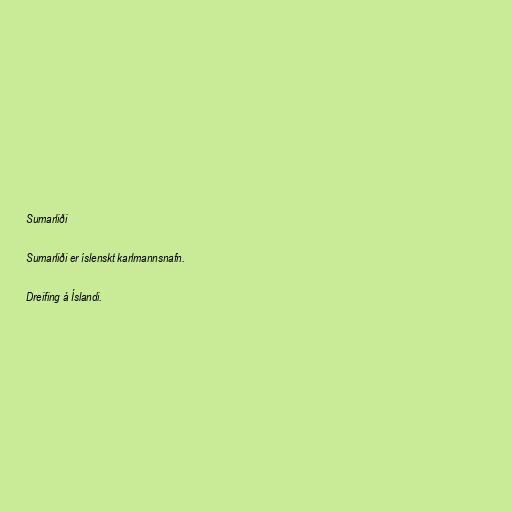
Sumarliði

Sumarliði er íslenskt karlmannsnafn.

Dreifing á Íslandi.